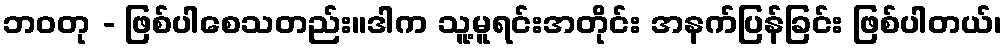
ဘဝတု - ဖြစ်ပါစေသတည်း။ဒါက သူ့မူရင်းအတိုင်း အနက်ပြန်ခြင်း ဖြစ်ပါတယ်၊